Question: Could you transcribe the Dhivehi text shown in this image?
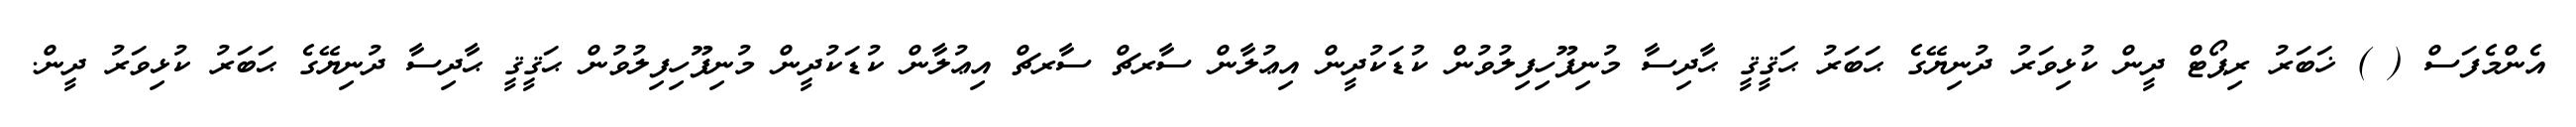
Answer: އެންމެފަސް ( ) ޚަބަރު ރިޕޯޓް ދީން ކުޅިވަރު ދުނިޔޭގެ ޙަބަރު ޙަޤީޤީ ޙާދިސާ މުނިފޫހިފިލުވުން ކުޑަކުދީން އިޢުލާން ސާރޗް ސާރޗް އިޢުލާން ކުޑަކުދީން މުނިފޫހިފިލުވުން ޙަޤީޤީ ޙާދިސާ ދުނިޔޭގެ ޙަބަރު ކުޅިވަރު ދީން.